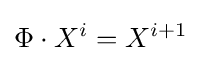
\Phi \cdot X^{i}=X^{i+1}